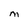
Character: M